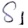
Text: S1